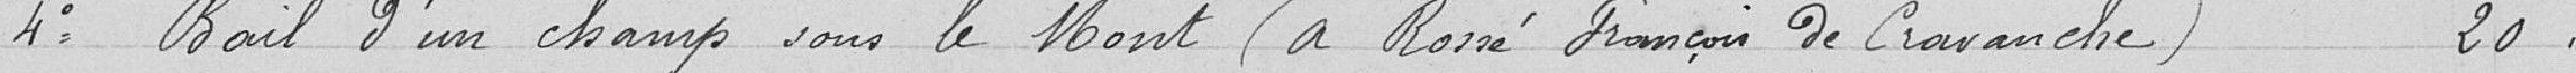
4° Bail d'un champ sous le Mont ( à Rossé François de Cravanche) 20